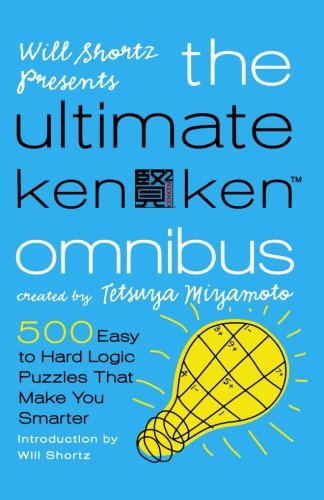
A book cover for Will Shortz Presents The Ultimate KenKen Omnibus: 500 Easy to Hard Logic Puzzles That Make You Smarter; Tetsuya Miyamoto; Humor & Entertainment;